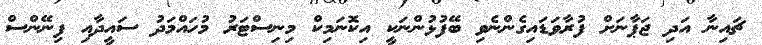
ޗައިނާ އަދި ޖަޕާނަށް ފުރާވަޑައިގެންނެވި ބޭފުޅުންނަކީ އިކޮނަމިކް މިނިސްޓަރު މުހައްމަދު ސައީދާއި ފިނޭންސް